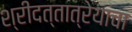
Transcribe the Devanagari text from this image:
श्रीदत्तात्रेयाचा